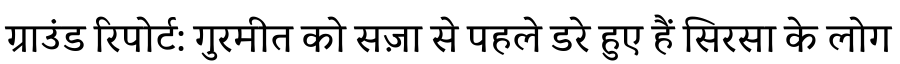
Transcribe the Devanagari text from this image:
ग्राउंड रिपोर्ट: गुरमीत को सज़ा से पहले डरे हुए हैं सिरसा के लोग